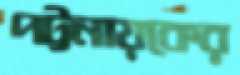
পট্টনায়কের